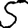
Digit: 5